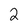
Character: 2